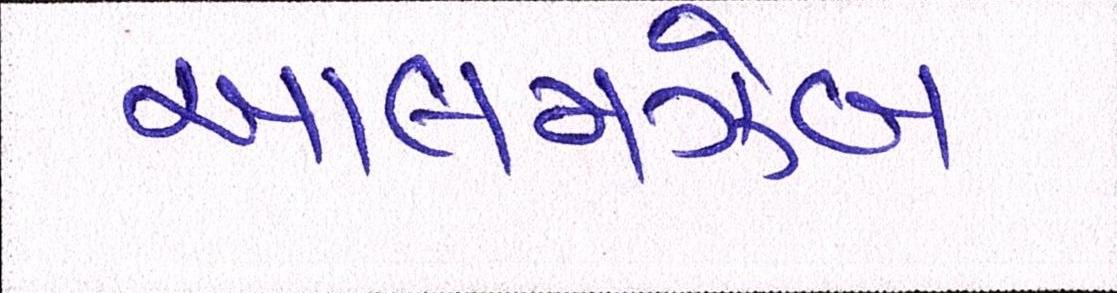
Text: આલમઝેબ